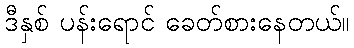
ဒီနှစ် ပန်းရောင် ခေတ်စားနေတယ်။